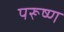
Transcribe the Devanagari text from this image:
परूष्ण